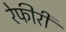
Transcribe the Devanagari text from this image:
रेफीरी